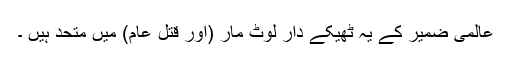
عالمی ضمیر کے یہ ٹھیکے دار لوٹ مار (اور قتل عام) میں متحد ہیں ۔